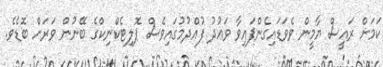
ކަމަށް ރައީސް ޔާމީން ވެވަޑައިގެންފައިވާ ވަޢުދު ފުއްދުމުގައިވެސް ޕޮލިޓެކްނިކްގެ ބޭނުން ވަރަށް ބޮޑެވެ.